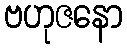
ဗဟုဇနော